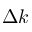
\Delta k